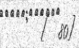
[  80]